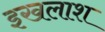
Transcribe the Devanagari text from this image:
इखलाश